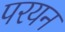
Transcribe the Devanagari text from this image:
परयन